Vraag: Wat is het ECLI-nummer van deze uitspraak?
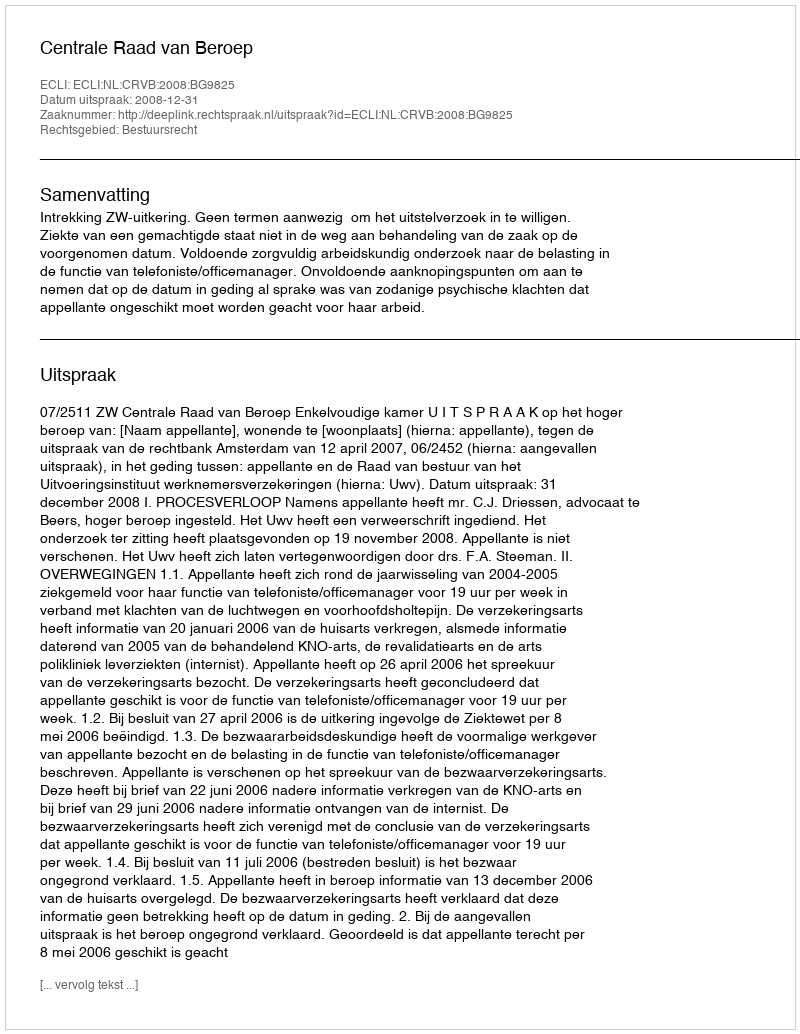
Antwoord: ECLI:NL:CRVB:2008:BG9825